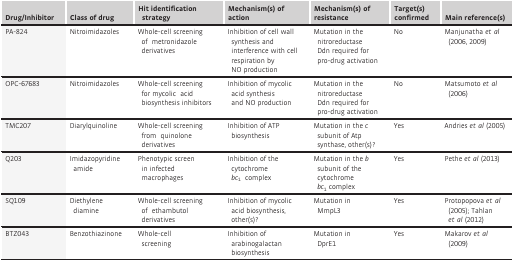
| Drug/Inhibitor | Class of drug | Hit identification strategy | Mechanism(s) of action | Mechanism(s) of resistance | Target(s) confirmed | Main reference(s) |
 | --- | --- | --- | --- | --- | --- | --- |
 | PA-824 | Nitroimidazoles | Whole-cell screening of metronidazole derivatives | Inhibition of cell wall synthesis and interference with cell respiration by NO production | Mutation in the nitroreductase Ddn required for pro-drug activation | No | Manjunatha et al (2006, 2009) |
 | OPC-67683 | Nitroimidazoles | Whole-cell screening for mycolic acid biosynthesis inhibitors | Inhibition of mycolic acid synthesis and NO production | Mutation in the nitroreductase Ddn required for pro-drug activation | No | Matsumoto et al (2006) |
 | TMC207 | Diarylquinoline | Whole-cell screening from quinolone derivatives | Inhibition of ATP biosynthesis | Mutation in the c subunit of Atp synthase, other(s)? | Yes | Andries et al (2005) |
 | Q203 | Imidazopyridine amide | Phenotypic screen in infected macrophages | Inhibition of the cytochrome bc1 complex | Mutation in the b subunit of the cytochrome bc1 complex | Yes | Pethe et al (2013) |
 | SQ109 | Diethylene diamine | Whole-cell screening of ethambutol derivatives | Inhibition of mycolic acid biosynthesis, other(s)? | Mutation in MmpL3 | Yes | Protopopova et al (2005); Tahlan et al (2012) |
 | BTZ043 | Benzothiazinone | Whole-cell screening | Inhibition of arabinogalactan biosynthesis | Mutation in DprE1 | Yes | Makarov et al (2009) |